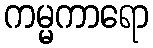
ကမ္မကာရော